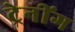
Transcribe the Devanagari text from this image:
ट्रेनींग